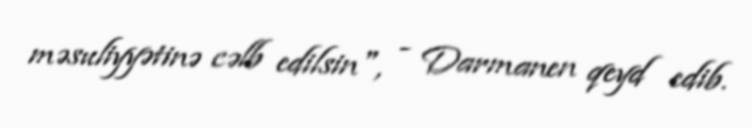
məsuliyyətinə cəlb edilsin", - Darmanen qeyd edib.